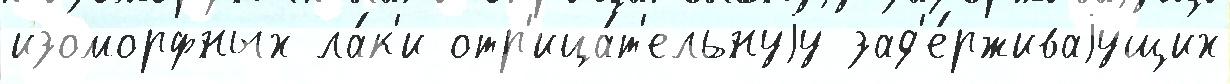
изоморфных ла́к'и отр'ица́т'ельнуjу зад'е́рживаjущих